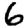
Digit: 6